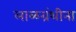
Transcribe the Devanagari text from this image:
लाळग्रंथीना